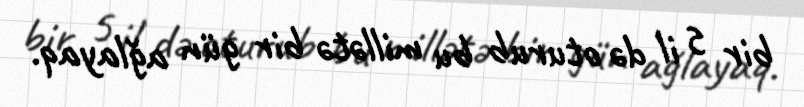
bir 5 il də oturub bu millətə bir gün ağlayaq.